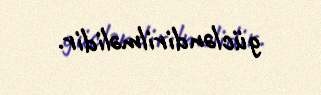
gücləndirilməlidir.